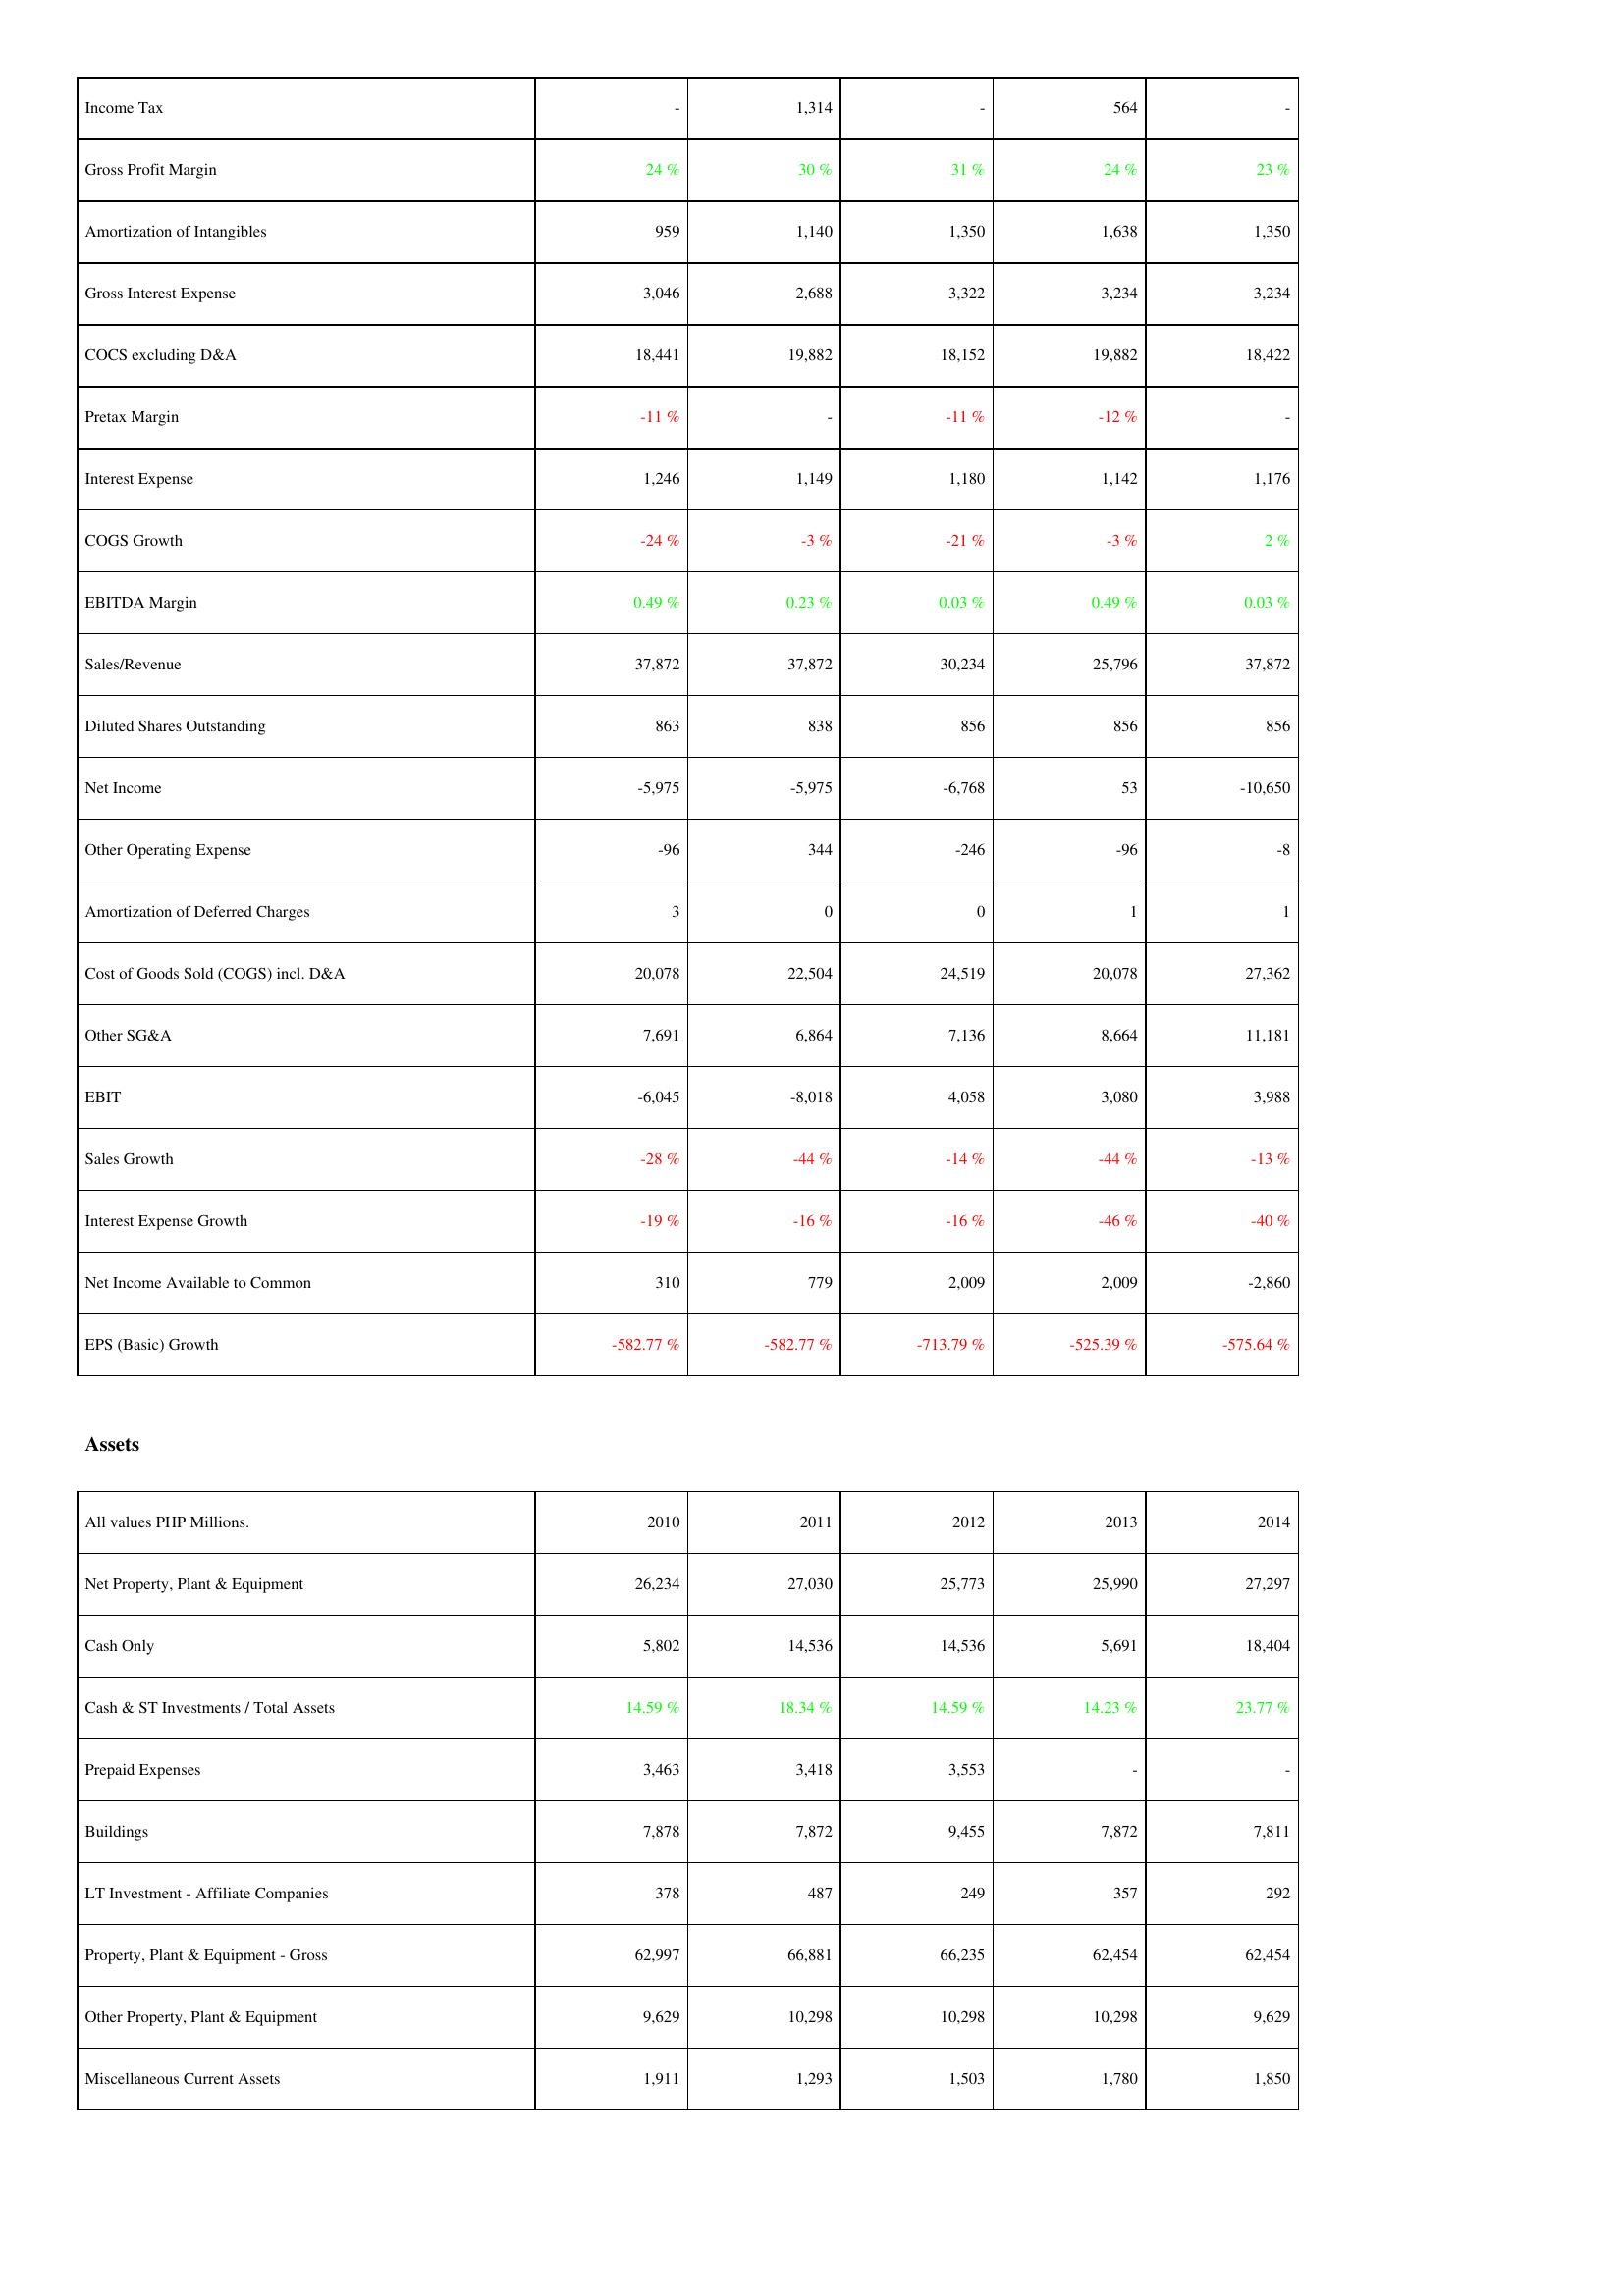
2010: Income Statement: Income Tax: -
Gross Profit Margin: 24 %
Amortization of Intangibles: 959
Gross Interest Expense: 3,046
COCS excluding D&A: 18,441
Pretax Margin: -11 %
Interest Expense: 1,246
COGS Growth: -24 %
EBITDA Margin: 0.49 %
Sales/Revenue: 37,872
Diluted Shares Outstanding: 863
Net Income: -5,975
Other Operating Expense: -96
Amortization of Deferred Charges: 3
Cost of Goods Sold (COGS) incl. D&A: 20,078
Other SG&A: 7,691
EBIT: -6,045
Sales Growth: -28 %
Interest Expense Growth: -19 %
Net Income Available to Common: 310
EPS (Basic) Growth: -582.77 %
Assets: Net Property, Plant & Equipment: 26,234
Cash Only: 5,802
Cash & ST Investments / Total Assets: 14.59 %
Prepaid Expenses: 3,463
Buildings: 7,878
LT Investment - Affiliate Companies: 378
Property, Plant & Equipment - Gross: 62,997
Other Property, Plant & Equipment: 9,629
Miscellaneous Current Assets: 1,911
2011: Income Statement: Income Tax: 1,314
Gross Profit Margin: 30 %
Amortization of Intangibles: 1,140
Gross Interest Expense: 2,688
COCS excluding D&A: 19,882
Pretax Margin: -
Interest Expense: 1,149
COGS Growth: -3 %
EBITDA Margin: 0.23 %
Sales/Revenue: 37,872
Diluted Shares Outstanding: 838
Net Income: -5,975
Other Operating Expense: 344
Amortization of Deferred Charges: 0
Cost of Goods Sold (COGS) incl. D&A: 22,504
Other SG&A: 6,864
EBIT: -8,018
Sales Growth: -44 %
Interest Expense Growth: -16 %
Net Income Available to Common: 779
EPS (Basic) Growth: -582.77 %
Assets: Net Property, Plant & Equipment: 27,030
Cash Only: 14,536
Cash & ST Investments / Total Assets: 18.34 %
Prepaid Expenses: 3,418
Buildings: 7,872
LT Investment - Affiliate Companies: 487
Property, Plant & Equipment - Gross: 66,881
Other Property, Plant & Equipment: 10,298
Miscellaneous Current Assets: 1,293
2012: Income Statement: Income Tax: -
Gross Profit Margin: 31 %
Amortization of Intangibles: 1,350
Gross Interest Expense: 3,322
COCS excluding D&A: 18,152
Pretax Margin: -11 %
Interest Expense: 1,180
COGS Growth: -21 %
EBITDA Margin: 0.03 %
Sales/Revenue: 30,234
Diluted Shares Outstanding: 856
Net Income: -6,768
Other Operating Expense: -246
Amortization of Deferred Charges: 0
Cost of Goods Sold (COGS) incl. D&A: 24,519
Other SG&A: 7,136
EBIT: 4,058
Sales Growth: -14 %
Interest Expense Growth: -16 %
Net Income Available to Common: 2,009
EPS (Basic) Growth: -713.79 %
Assets: Net Property, Plant & Equipment: 25,773
Cash Only: 14,536
Cash & ST Investments / Total Assets: 14.59 %
Prepaid Expenses: 3,553
Buildings: 9,455
LT Investment - Affiliate Companies: 249
Property, Plant & Equipment - Gross: 66,235
Other Property, Plant & Equipment: 10,298
Miscellaneous Current Assets: 1,503
2013: Income Statement: Income Tax: 564
Gross Profit Margin: 24 %
Amortization of Intangibles: 1,638
Gross Interest Expense: 3,234
COCS excluding D&A: 19,882
Pretax Margin: -12 %
Interest Expense: 1,142
COGS Growth: -3 %
EBITDA Margin: 0.49 %
Sales/Revenue: 25,796
Diluted Shares Outstanding: 856
Net Income: 53
Other Operating Expense: -96
Amortization of Deferred Charges: 1
Cost of Goods Sold (COGS) incl. D&A: 20,078
Other SG&A: 8,664
EBIT: 3,080
Sales Growth: -44 %
Interest Expense Growth: -46 %
Net Income Available to Common: 2,009
EPS (Basic) Growth: -525.39 %
Assets: Net Property, Plant & Equipment: 25,990
Cash Only: 5,691
Cash & ST Investments / Total Assets: 14.23 %
Prepaid Expenses: -
Buildings: 7,872
LT Investment - Affiliate Companies: 357
Property, Plant & Equipment - Gross: 62,454
Other Property, Plant & Equipment: 10,298
Miscellaneous Current Assets: 1,780
2014: Income Statement: Income Tax: -
Gross Profit Margin: 23 %
Amortization of Intangibles: 1,350
Gross Interest Expense: 3,234
COCS excluding D&A: 18,422
Pretax Margin: -
Interest Expense: 1,176
COGS Growth: 2 %
EBITDA Margin: 0.03 %
Sales/Revenue: 37,872
Diluted Shares Outstanding: 856
Net Income: -10,650
Other Operating Expense: -8
Amortization of Deferred Charges: 1
Cost of Goods Sold (COGS) incl. D&A: 27,362
Other SG&A: 11,181
EBIT: 3,988
Sales Growth: -13 %
Interest Expense Growth: -40 %
Net Income Available to Common: -2,860
EPS (Basic) Growth: -575.64 %
Assets: Net Property, Plant & Equipment: 27,297
Cash Only: 18,404
Cash & ST Investments / Total Assets: 23.77 %
Prepaid Expenses: -
Buildings: 7,811
LT Investment - Affiliate Companies: 292
Property, Plant & Equipment - Gross: 62,454
Other Property, Plant & Equipment: 9,629
Miscellaneous Current Assets: 1,850